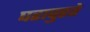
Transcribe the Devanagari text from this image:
घरापुरते